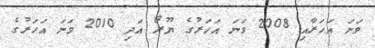
ވަނަ އަހަރާއި 2008 ވަނަ އަހަރުގެ ޔޫރޯ އަދި 2010 ވަނަ އަހަރުގެ